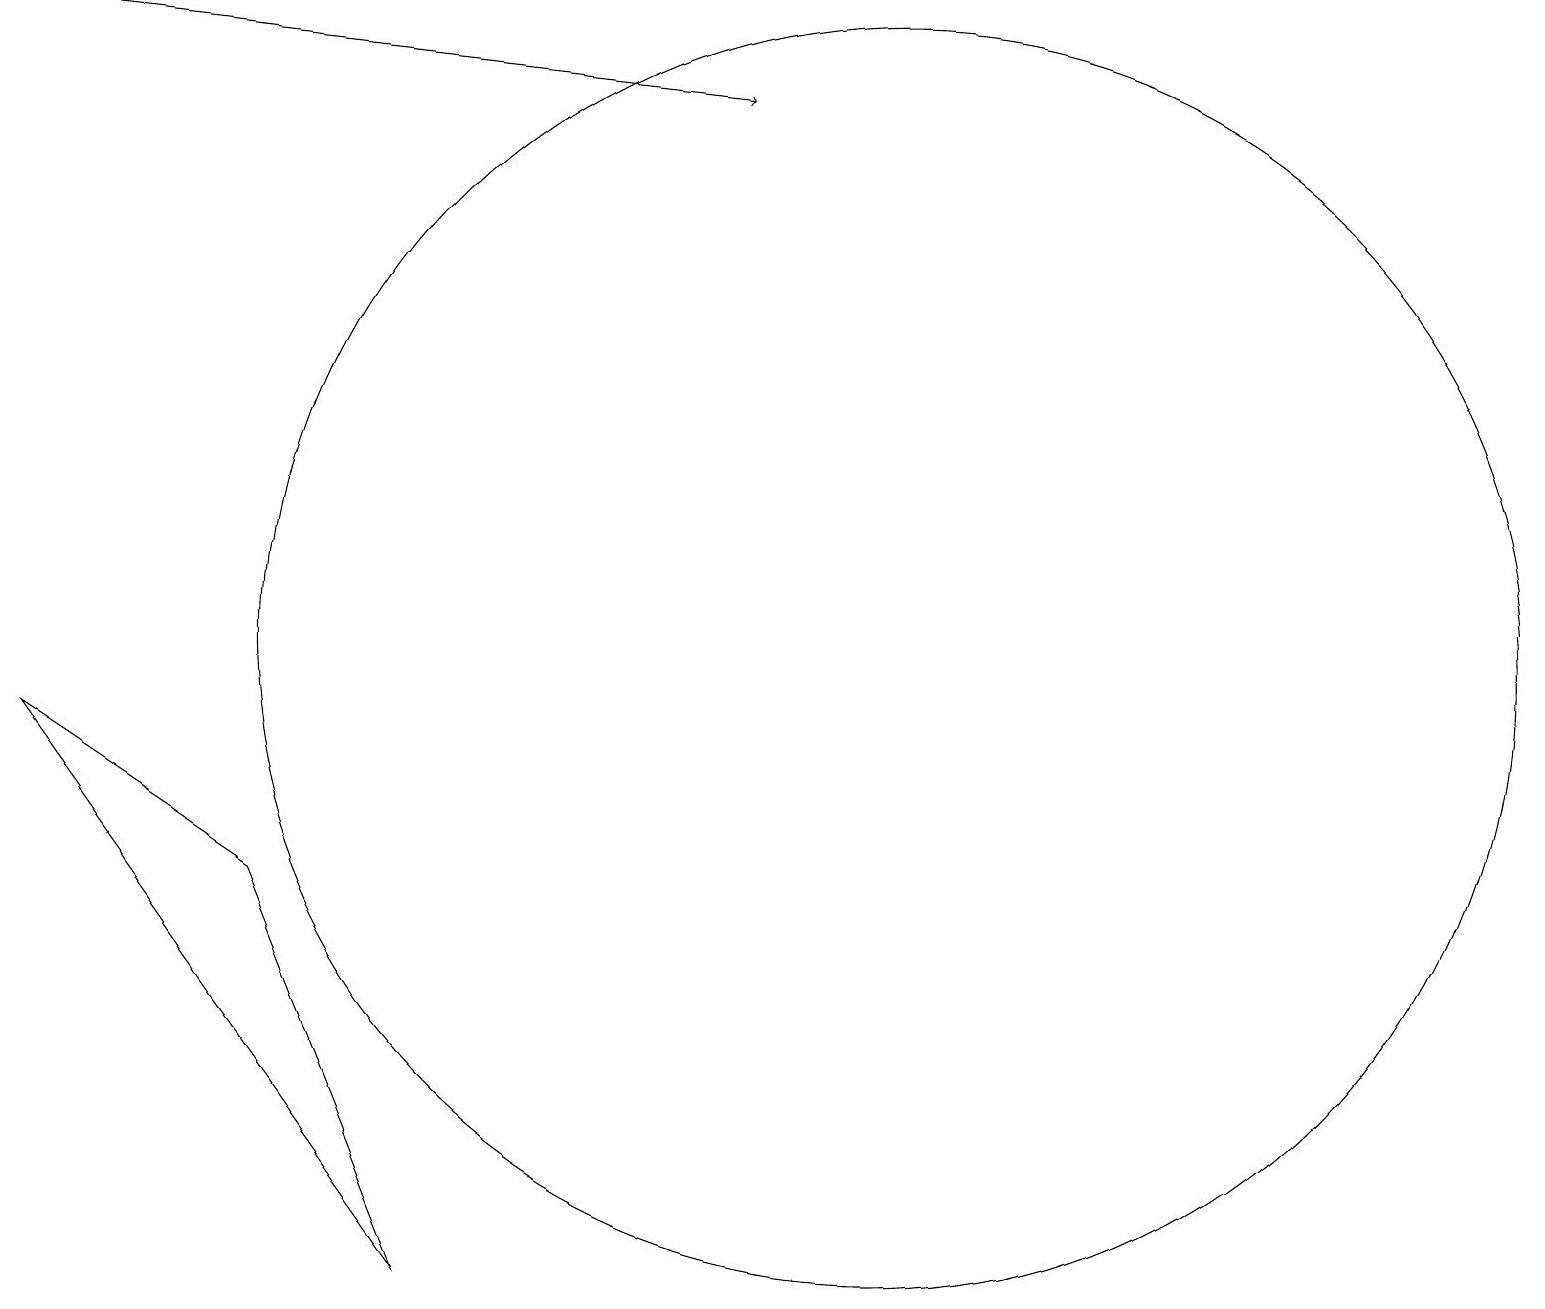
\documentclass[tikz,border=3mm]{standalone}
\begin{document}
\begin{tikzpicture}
\draw (11,10) circle (8);
\draw[->] (0,18) -- (9,17);
\draw (5,2) -- (3,7) -- (0,9) -- cycle;
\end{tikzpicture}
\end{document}